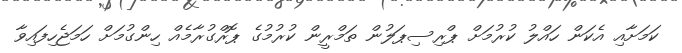
ކަމަށާއި އެކަން ހައްލު ކުރުމަށް ޕްރިސިޕަލުން ތަމްރީން ކުރުމުގެ ޕޮރްގުރާމެއް ހިންގުމަށް ހަމަޖެހިފައިވާ